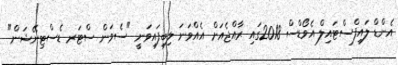
އެންޑް ލައިފްސްޓައިލް އެވޯޑްސް 2018ގައި ރާއްޖެއަށް އެއްވަނަ ލިބިފައިވަނީ "ސެވަން ސްޓަރ ޑެސްޓިނޭޝަން"